Annual administration report of the Civil Veterinary Department of India - 1893-1894
Year: 1893
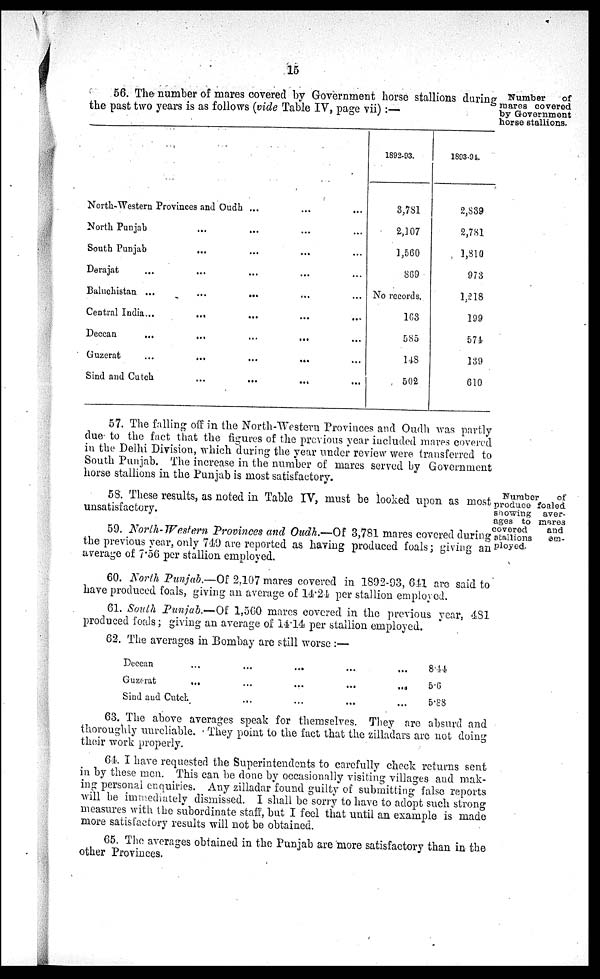
15
Number
of
mares covered
by Government
horse stallions.
56. The number of mares covered by Government horse stallions during
the past two years is as follows (vide Table IV, page vii) :—
North-Western Provinces and Oudh ... … …
North Punjab… … … ...
South Punjab … … … ...
Derajat … … … ...
Baluchistan … … … ...
Central India … … … ...
Deccan … … … ...
Guzerat… … … ...
Sind and Cutch … … … ...
1892-93.
3,781
2,107
1,560
809
No records.
163
585
148
502
1893-94.
2,839
2,781
1,810
973
1,218
199
574
139
610
57. The falling off in the North-Western Provinces and Oudh was partly
due to the fact that the figures of the previous year included mares covered
in the Delhi Division, which during the year under review were transferred to
South Punjab. The increase in the number of mares served by Government
horse stallions in the Punjab is most satisfactory.
Number
of
produce foaled
showing aver-
ages to mares
covered
and
stallions
em-
ployed.
58. These results, as noted in Table IV, must be looked upon as most
unsatisfactory.
59. North-Western Provinces and Oudh.—Of 3,781 mares covered during
the previous year, only 749 are reported as having produced foals; giving an
average of 7.56 per stallion employed.
60. North Punjab.—Of 2,107 mares covered in 1892-93, 641 are said to
have produced foals, giving an average of 14.24 per stallion employed.
61. South Punjab.—Of 1,560 mares covered in the previous year, 481
produced foals; giving an average of 14.14 per stallion employed.
62. The averages in Bombay are still worse:—
Deccan … ... ... ... ...
Guzerat … ... ... ... ...
Sind and Cutch ... ... ... ...
8.44
5.6
5.88
63. The above averages speak for themselves. They are absurd and
thoroughly unreliable. They point to the fact that the zilladars are not doing
their work properly.
64. I have requested the Superintendents to carefully check returns sent
in by these men. This can be done by occasionally visiting villages and mak-
ing personal enquiries. Any zilladar found guilty of submitting false reports
will be immediately dismissed. I shall be sorry to have to adopt such strong
measures with the subordinate staff, but I feel that until an example is made
more satisfactory results will not be obtained.
65. The averages obtained in the Punjab are more satisfactory than in the
other Provinces.